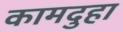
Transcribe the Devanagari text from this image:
कामदुहा